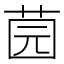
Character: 𱽪